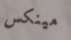
مينكس